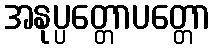
အနုပ္ပတ္တောပတ္တော